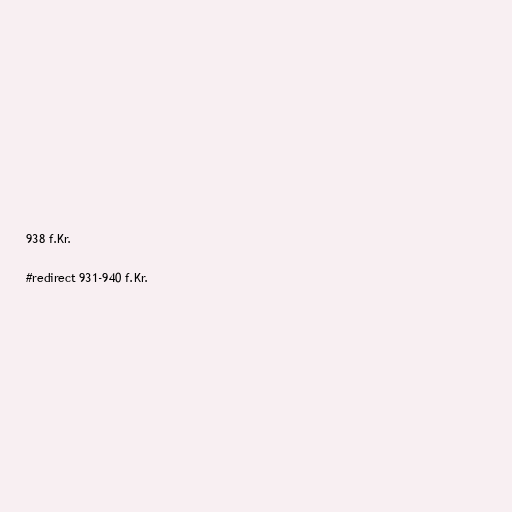
938 f.Kr.

#redirect 931-940 f.Kr.